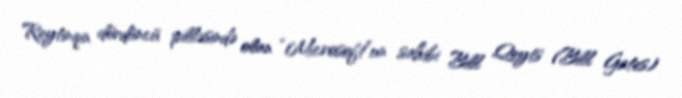
Reytinqin dördüncü pilləsində olan “Microsoft”un sahibi Bill Qeyts (Bill Gates)